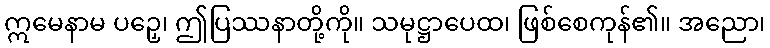
ဣမေနာမ ပဉှေ၊ ဤပြဿနာတို့ကို။ သမုဋ္ဌာပေထ၊ ဖြစ်စေကုန်၏။ အညော၊